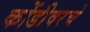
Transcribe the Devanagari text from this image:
कोंडीवरचे